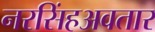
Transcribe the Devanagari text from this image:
नरसिंहअवतार